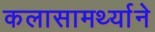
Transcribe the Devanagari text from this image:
कलासामर्थ्याने